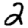
Digit: 2